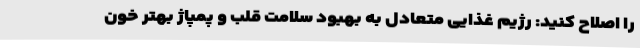
را اصلاح کنید: رژیم غذایی متعادل به بهبود سلامت قلب و پمپاژ بهتر خون